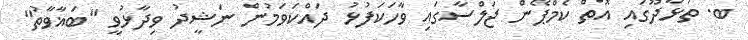
ބ. ތުޅާދޫގައި އޮތް ކެމްޕޭން ޖަލްސާގައި ވާހަކަފުޅު ދައްކަވަމުން ނަޝީދު ވިދާޅުވީ "ބަޣާވާތު"